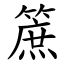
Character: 䉀